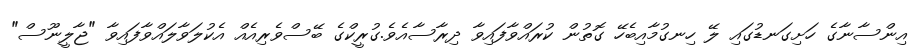
އިންސާނާގެ ހަށިގަނޑުގައި ލޭ ހިނގުމާއިބެހޭ ގޮތުން ކުރައްވާފައިވާ ދިރާސާއެވެ.ގުރީކްގެ ބޭސްވެރިއެއް އެކުލަވާލައްވާފައިވާ "ޖާލީނޫސް"